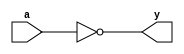
module not_gate #(parameter width =8 )(
input [width-1:0] a, 
output [width-1:0] y);

assign y=~a;

endmodule